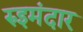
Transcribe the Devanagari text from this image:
रुइमंदार